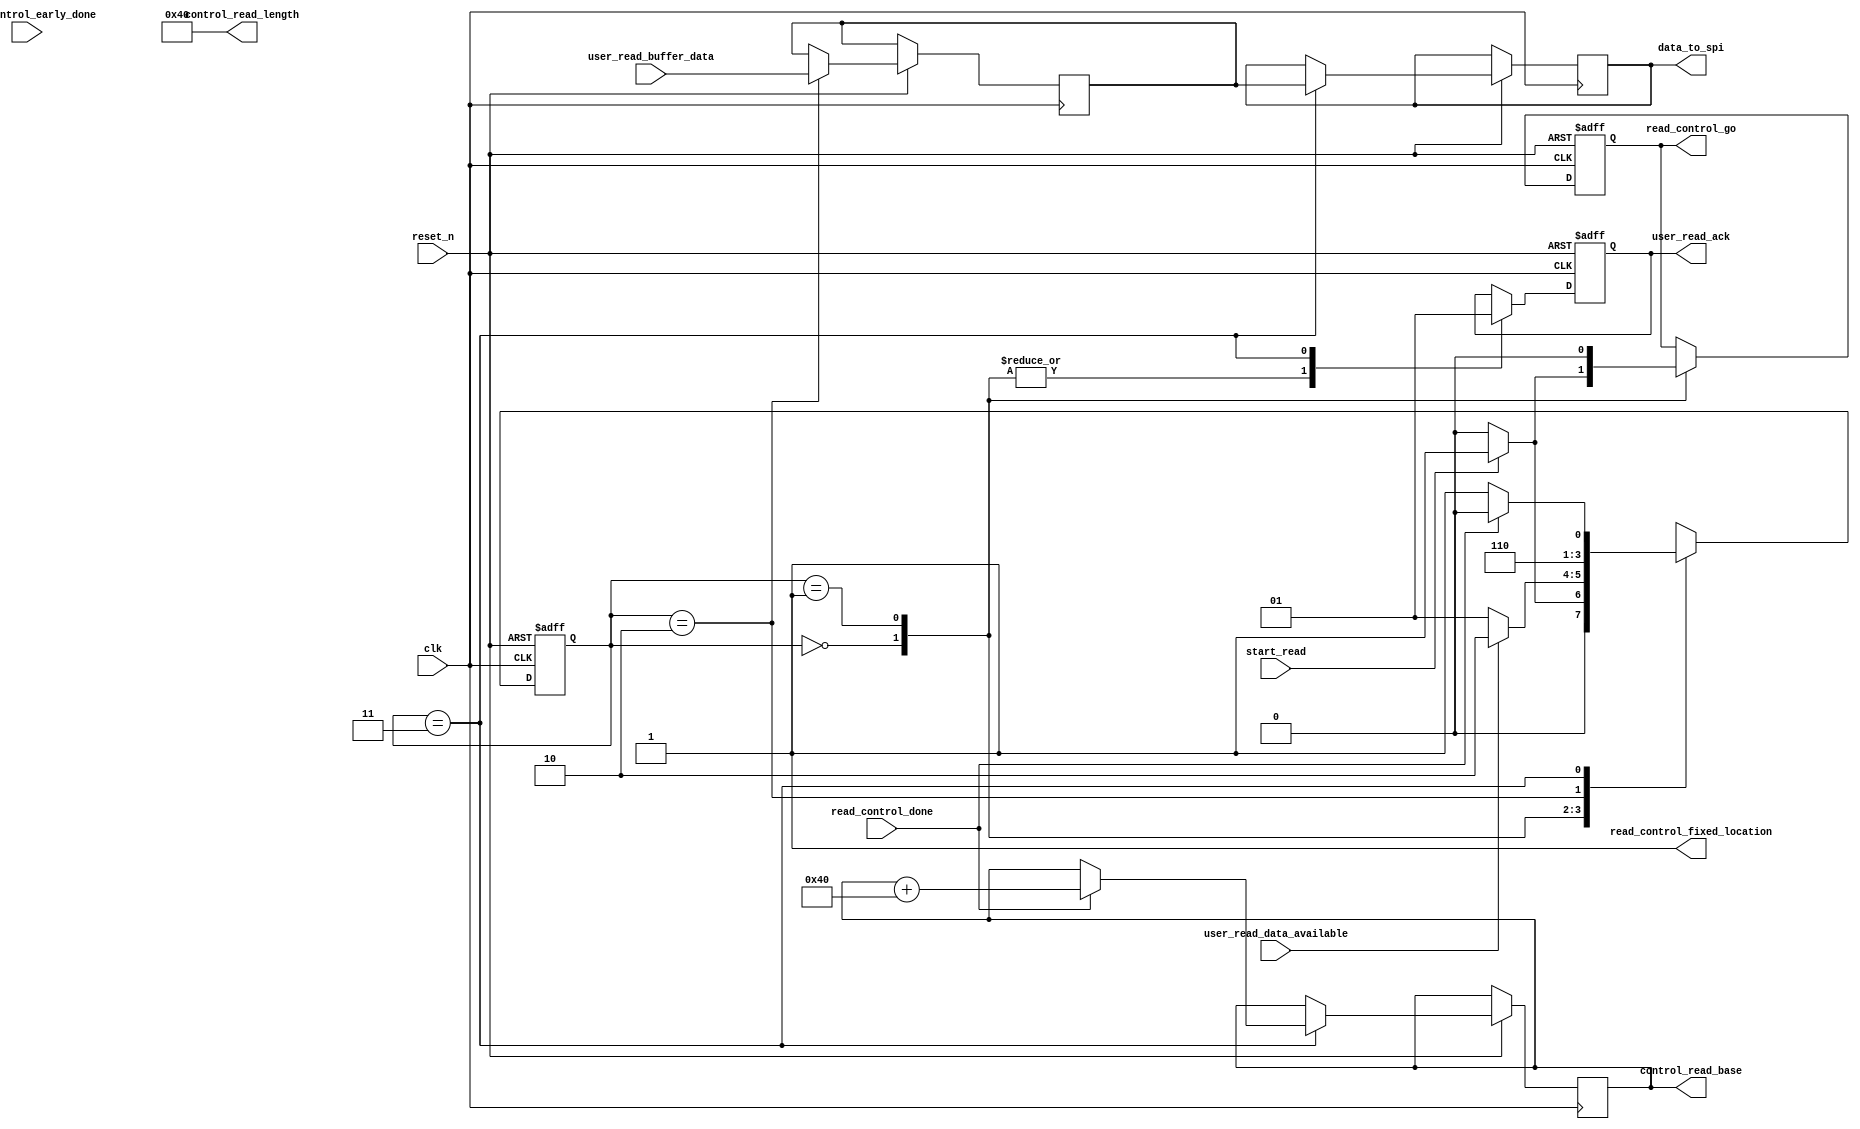
/* 

Module to control reading from SDRAM 

Last Modified: 25 Jan 2018

Hannah Fogel

*/

module sdram_read( 
	// External Pins
	input clk,
	input reset_n,
	input start_read,
	
	// SDRAM interface
	input read_control_done,
	input read_control_early_done,
	input [31:0] user_read_buffer_data,
	input user_read_data_available,
	output read_control_fixed_location,
	output [31:0] control_read_base,
	output [31:0] control_read_length,
	output reg read_control_go,
	output reg user_read_ack,
	
	
	// SPI interface
	output reg [31:0] data_to_spi
);
	
	
// define parameters 
// num_bytes to read will be sent from RPi

reg [31:0] start_address = 32'h0;					// base address to read from 
wire [31:0] num_bytes = 32'h00000040;						// number of bytes to read - should be a multiple of 4 for 32-bit data

assign read_control_fixed_location = 1;			// master address unchanging	
assign control_read_base = start_address;			
assign control_read_length = num_bytes;	

reg [1:0] state = 2'b00;
reg [31:0] data_in;

always @ (posedge clk or negedge reset_n)
	begin
	if (reset_n == 0)
		begin
			read_control_go <= 0;
			user_read_ack <= 0;
			state <= 2'b00;
		end //if
	else begin
		case (state)
			2'b00: begin						
				if (start_read == 0) begin
					state <= 2'b00;
					user_read_ack <= 0;
					read_control_go <= 0;
				end else begin
					user_read_ack <= 0;
					read_control_go <= 1;
					state <= 2'b01;
				end
			end // state 0
			
			2'b01: begin
				read_control_go <= 0;
				user_read_ack <= 0;
				if (user_read_data_available == 1) begin	
					state <= 2'b10;
				end else begin
					state <= 2'b01;
				end
			end // state 1
			
			2'b10: begin
				data_in <= user_read_buffer_data;		// register incoming data (n bits wide)
				state <= 2'b11;
			end // state 2
			
			2'b11: begin
				data_to_spi <= data_in;
				user_read_ack <= 1;
				if (read_control_done == 1) begin
					start_address <= (start_address + num_bytes);
					state <= 2'b00;
				end else begin
					state <= 2'b01;
				end
			end // state 3
		
		endcase
	
	end //else

end // always		
		
		
endmodule